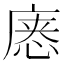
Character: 𰑸